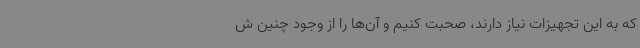
که به این تجهیزات نیاز دارند، صحبت کنیم و آن‌ها را از وجود چنین ش